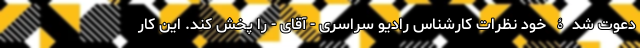
دعوت شدۀ خود نظرات کارشناس رادیو سراسری - آقای - را پخش کند. این کار